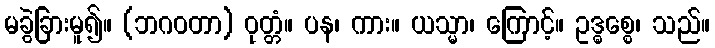
မခွဲခြားမူ၍။ (ဘဂဝတာ) ဝုတ္တံ။ ပန၊ ကား။ ယသ္မာ၊ ကြောင့်။ ဥဒ္ဓစ္စေ၊ သည်။